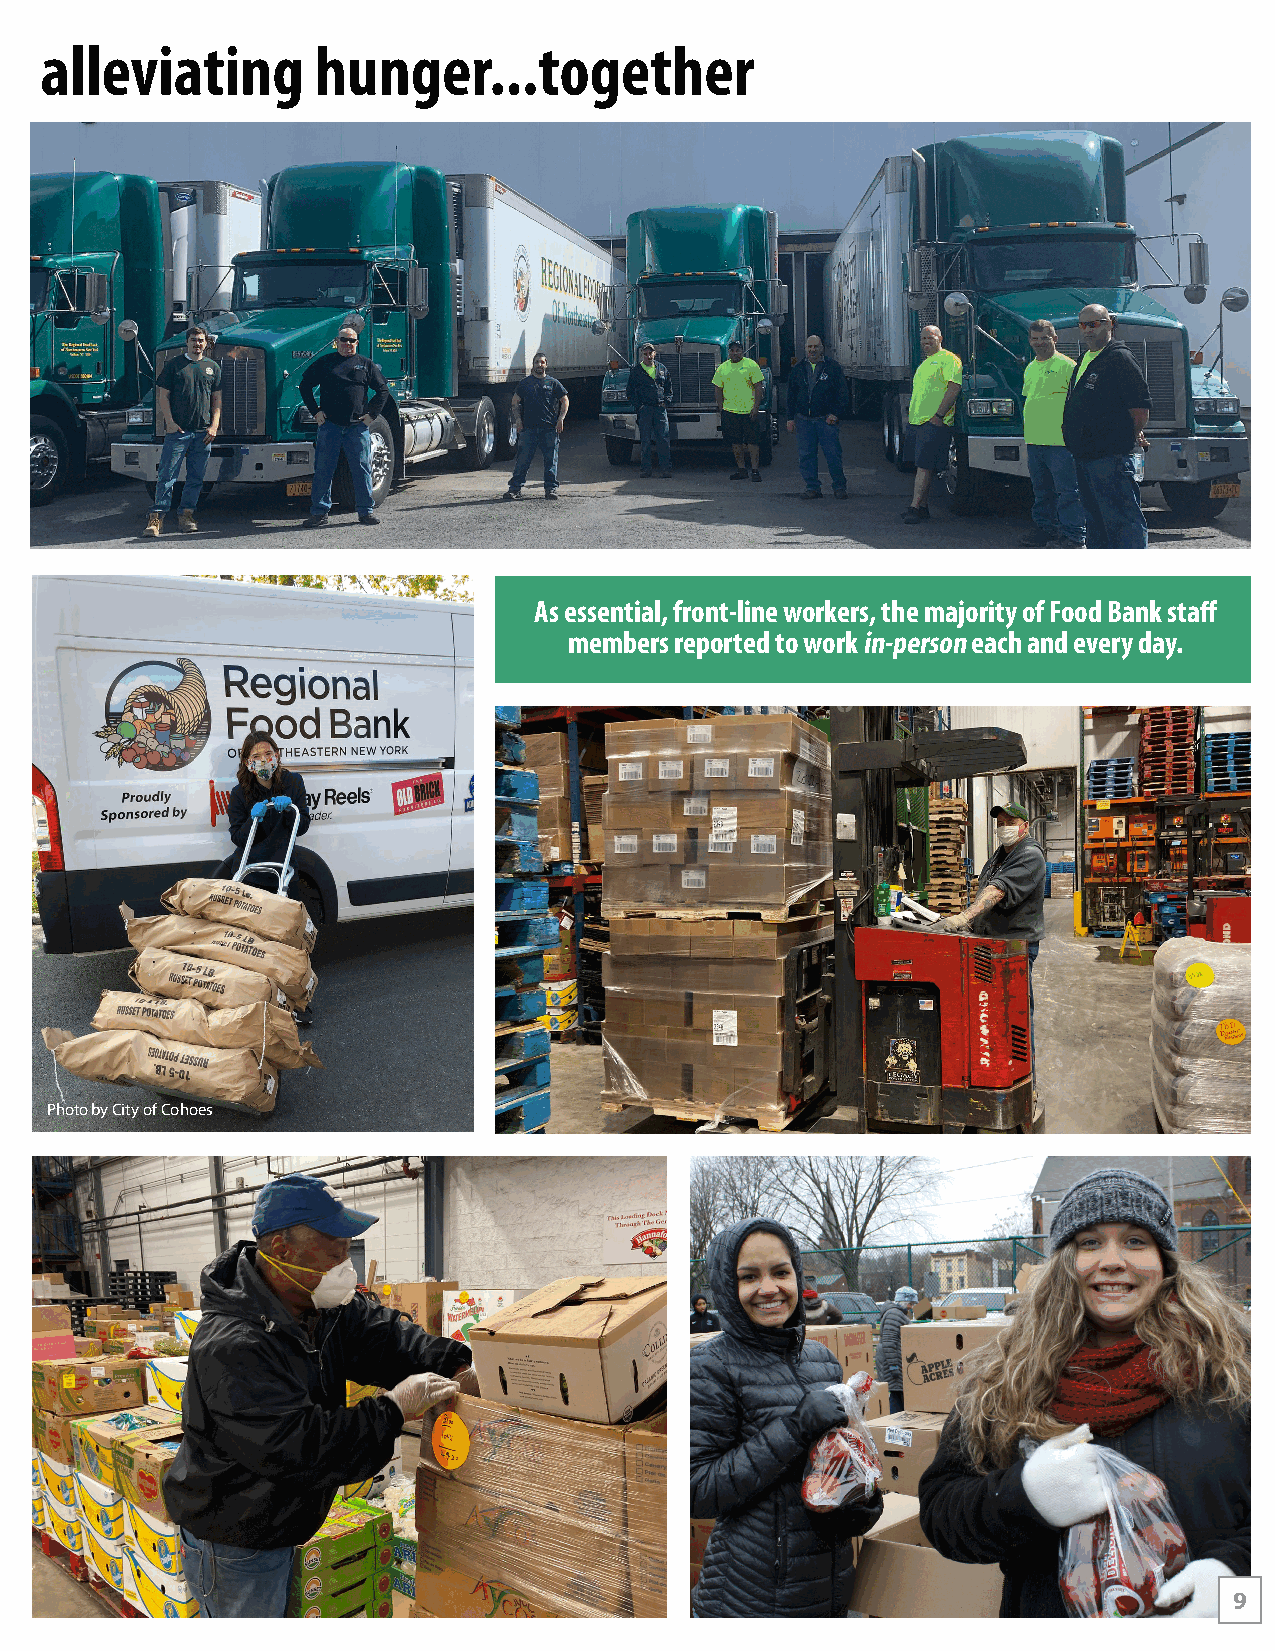
alleviating       hunger...together
 As essential, front-line workers, the majority of Food Bank staff
 members reported to work in-person each and every day.
 Photo by City of Cohoes
 9